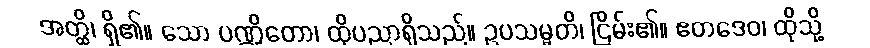
အတ္ထိ၊ ရှိ၏။ သော ပဏ္ဍိတော၊ ထိုပညာရှိသည်။ ဥပသမ္မတိ၊ ငြိမ်း၏။ ဧတဒေဝ၊ ထိုသို့